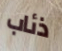
ذئاب